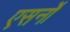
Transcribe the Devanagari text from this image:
एसर्नो